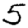
Digit: 5